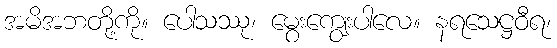
အမိအဘတို့ကို။ ပေါသဿု၊ မွေးကျွေးပါလေ။ နရသေဋ္ဌဝီရ၊